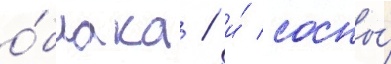
о́блака / и́ сосны́